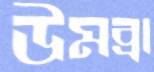
উমব্রা